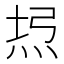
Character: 𤈔